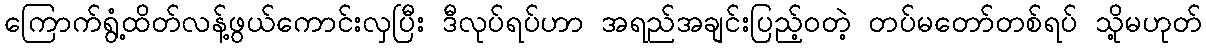
ကြောက်ရွံ့ထိတ်လန့်ဖွယ်ကောင်းလှပြီး ဒီလုပ်ရပ်ဟာ အရည်အချင်းပြည့်ဝတဲ့ တပ်မတော်တစ်ရပ် သို့မဟုတ်